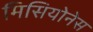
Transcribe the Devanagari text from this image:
मिसियोनेस